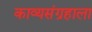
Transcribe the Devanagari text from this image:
काव्यसंग्रहाला